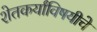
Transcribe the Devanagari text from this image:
शेतकर्यांविषयीचे